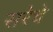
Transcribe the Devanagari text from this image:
सरेचे